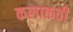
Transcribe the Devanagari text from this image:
कलाकवी